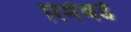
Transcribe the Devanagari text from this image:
रिमेंबर्ड